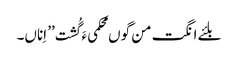
بلئے انگت من گوں محکمیءَ گُشت ’’ اِناں۔